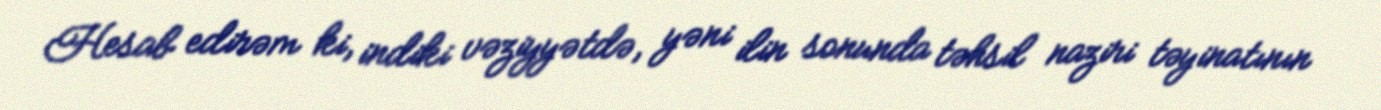
Hesab edirəm ki, indiki vəziyyətdə, yəni ilin sonunda təhsil naziri təyinatının